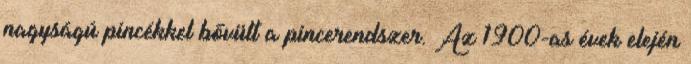
nagyságú pincékkel bővült a pincerendszer. Az 1900-as évek elején